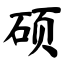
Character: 硕